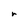
Character: r